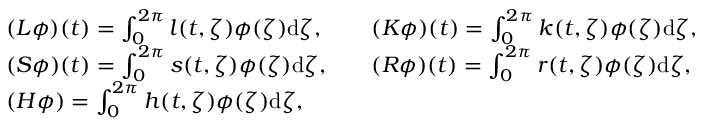
\begin{array} { r l r l } & { ( L \phi ) ( t ) = \int _ { 0 } ^ { 2 \pi } l ( t , \zeta ) \phi ( \zeta ) \mathrm { d } \zeta , } & & { ( K \phi ) ( t ) = \int _ { 0 } ^ { 2 \pi } k ( t , \zeta ) \phi ( \zeta ) \mathrm { d } \zeta , } \\ & { ( S \phi ) ( t ) = \int _ { 0 } ^ { 2 \pi } s ( t , \zeta ) \phi ( \zeta ) \mathrm { d } \zeta , } & & { ( R \phi ) ( t ) = \int _ { 0 } ^ { 2 \pi } r ( t , \zeta ) \phi ( \zeta ) \mathrm { d } \zeta , } \\ & { ( H \phi ) = \int _ { 0 } ^ { 2 \pi } h ( t , \zeta ) \phi ( \zeta ) \mathrm { d } \zeta , } \end{array}